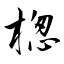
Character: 楤